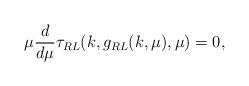
LaTeX: \begin{align*}\mu \frac{d}{d\mu} \tau_{RL}(k,g_{RL}(k,\mu),\mu) =0,\end{align*}